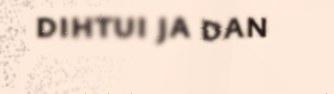
dihtui ja dan